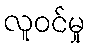
လူဝင်မှု